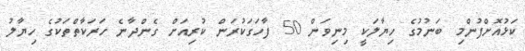
ކަޅުއޮށްފުންމި ބަނުމުގެ ހިޔާލަކީ މިނިވަން 50 ފާހަގަކުރަން ކުރިއަށް ގެންދާނެ ހަރަކާތްތަކުގެ ހިޔާލު